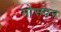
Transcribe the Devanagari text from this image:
गोसदन